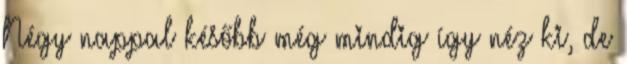
Négy nappal később még mindig így néz ki, de